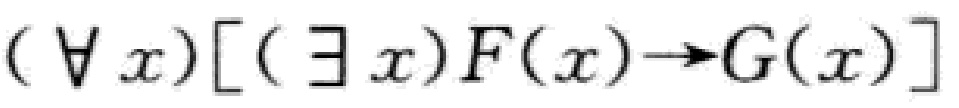
\((\forall x)[(\exists x)F(x)\to G(x)]\)